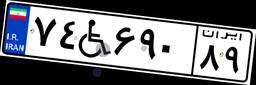
۷۴W۶۹۰۸۹